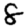
Digit: 8